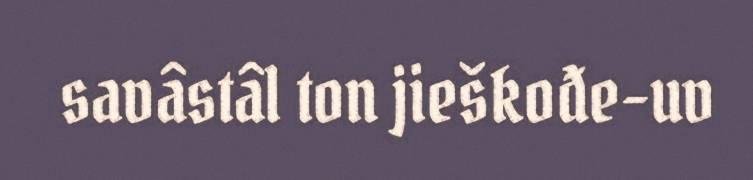
savâstâl ton jieškođe-uv